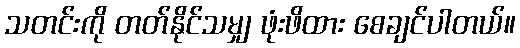
သတင်းကို တတ်နိုင်သမျှ ဖုံးဖိထား စေချင်ပါတယ်။